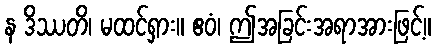
န ဒိဿတိ၊ မထင်ရှား။ ဧဝံ၊ ဤအခြင်းအရာအားဖြင့်။